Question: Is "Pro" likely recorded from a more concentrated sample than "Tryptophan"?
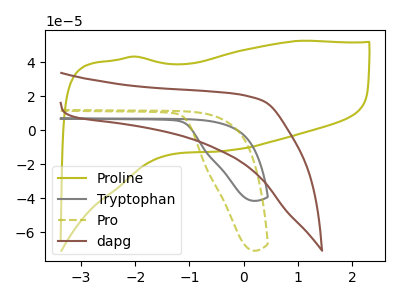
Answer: <think>The olive curve "Proline" has no peaks. The gray curve "Tryptophan" has no peaks. The olive dashed curve "Pro" has no peaks. The brown curve "dapg" has no peaks.
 Neither "Pro" or "Tryptophan" have any peaks.</think>
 <answer>I cant tell if "Pro" or "Tryptophan" has more signal.</answer>
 <eval>mixed_signal</eval>